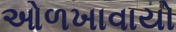
ઓળખાવાયો